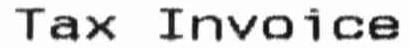
TAX INVOICE